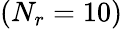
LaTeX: (N_{r}=10)